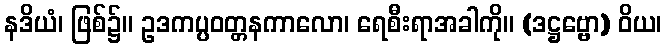
နဒိယံ၊ ဖြစ်၌။ ဥဒကပ္ပဝတ္တနကာလော၊ ရေစီးရာအခါကို။ (ဒဋ္ဌဗ္ဗော) ဝိယ၊